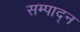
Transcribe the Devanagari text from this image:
सम्पाद्न